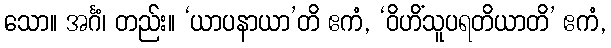
သော။ အင်္ဂံ၊ တည်း။ ‘ယာပနာယာ’တိ ဧကံ, ‘ဝိဟိံသူပရတိယာတိ’ ဧကံ,